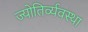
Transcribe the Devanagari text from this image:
ज्योतिर्व्यवस्था